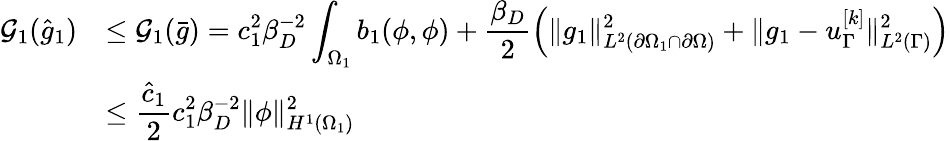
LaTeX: \begin{array}{rl}{\mathcal{G}_{1}(\hat{g}_{1})}&{\leq\displaystyle\mathcal{G}_{1}(\bar{g})=c_{1}^{2}\beta_{D}^{-2}\int_{\Omega_{1}}b_{1}(\phi,\phi)+\frac{\beta_{D}}{2}\left(\lVert g_{1}\rVert_{L^{2}(\partial\Omega_{1}\cap\partial\Omega)}^{2}+\lVert g_{1}-u_{\Gamma}^{[k]}\rVert_{L^{2}(\Gamma)}^{2}\right)}\\ &{\leq\displaystyle\frac{\hat{c}_{1}}{2}c_{1}^{2}\beta_{D}^{-2}\lVert\phi\rVert_{H^{1}(\Omega_{1})}^{2}}\end{array}